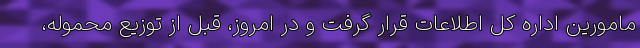
مامورین اداره کل اطلاعات قرار گرفت و در امروز، قبل از توزیع محموله،